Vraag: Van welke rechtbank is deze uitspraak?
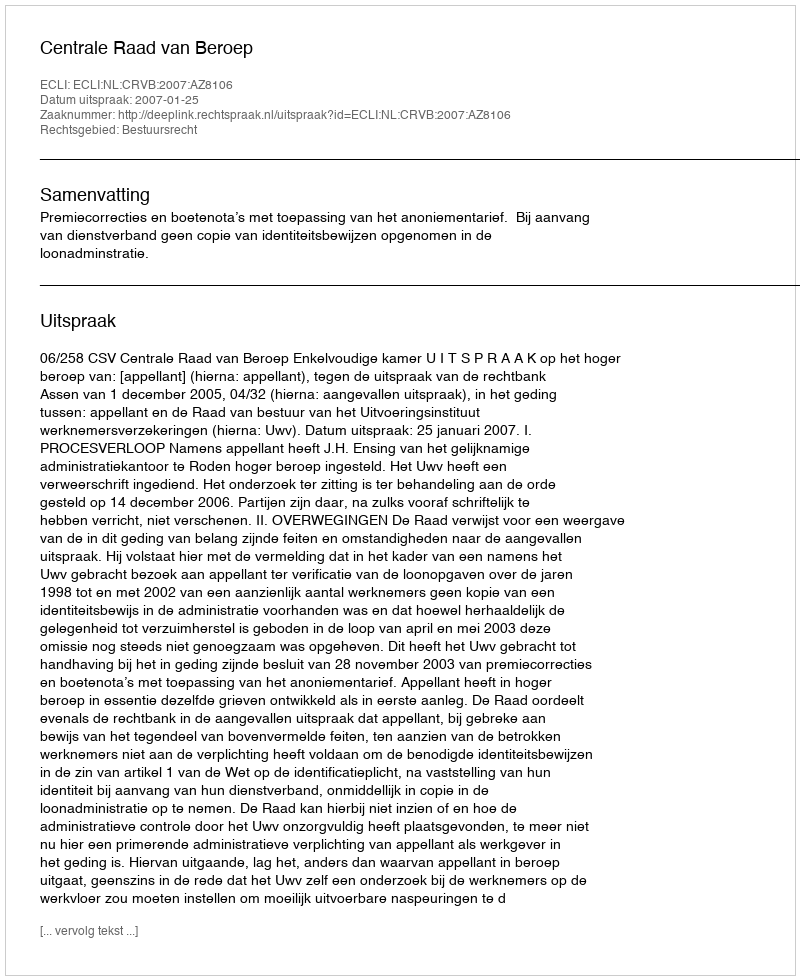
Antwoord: Centrale Raad van Beroep